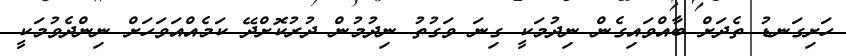
ހަށިގަނޑު ތެދަށް ބާއްވައިގެން ނިދުމަކީ ގިނަ ވަގުތު ނިދުމުން ދުރުކޮށްދޭ ކަމެއްއަވަހަށް ނިންދެވުމަކީ